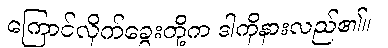
ကြောင်လိုက်ခွေးတို့က ဒါကိုနားလည်၏။